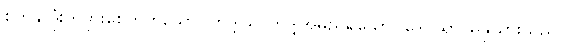
စိတ်နှလုံးကိုပွားစေတတ်သော။ ဘဒ္ဒါယ၊ ဘဒ္ဒါအမည်ရှိသော။ ဒေဝိယာ၊ မိဖုယားသည်။